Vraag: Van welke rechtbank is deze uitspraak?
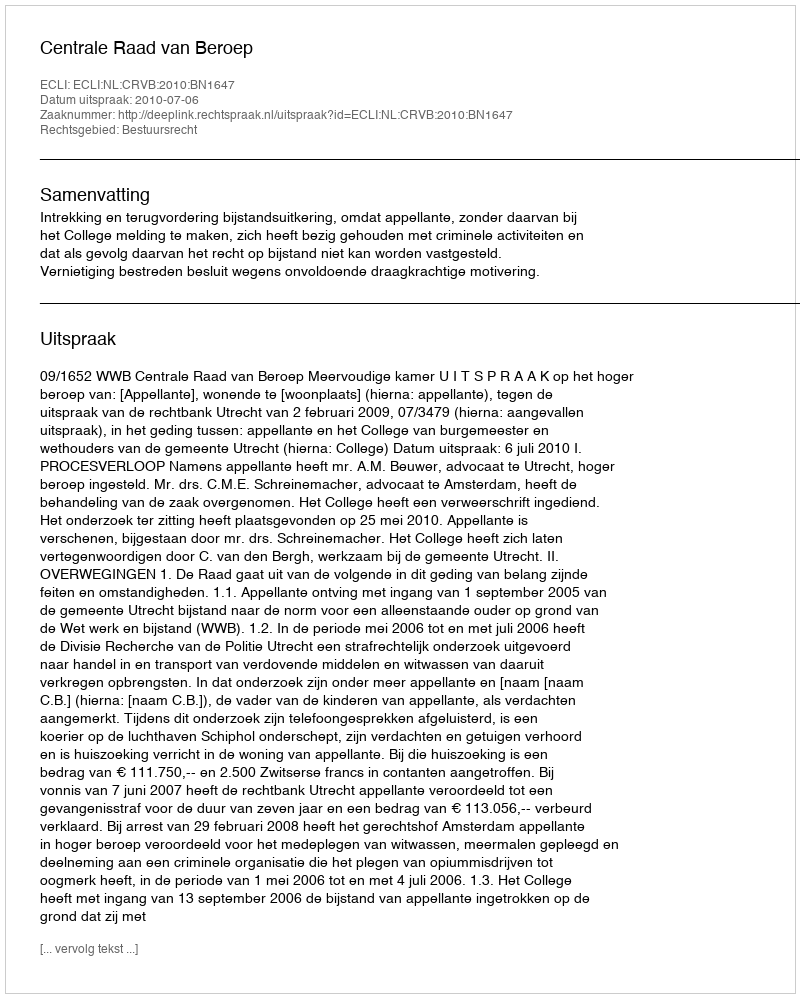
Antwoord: Centrale Raad van Beroep